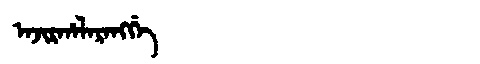
Manchu: ᠠᠵᡳᡵᡥᠠᠯᠠᡵᠠᠩᡤᡝ
Romanization: AJIRHALARANGGE